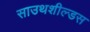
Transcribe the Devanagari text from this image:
साउथशील्डस